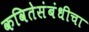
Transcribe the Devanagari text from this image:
कवितेसंबंधीचा